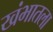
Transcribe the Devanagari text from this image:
खंभातला